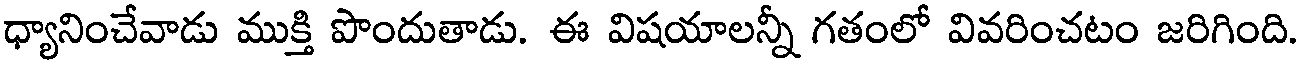
ధ్యానించేవాడు ముక్తి పొందుతాడు. ఈ విషయాలన్నీ గతంలో వివరించటం జరిగింది